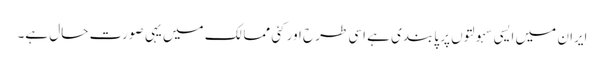
ایران میں ایسی سہولتوں پر پابندی ہے اسی طرح اور کئی ممالک میں یہی صورت حال ہے۔